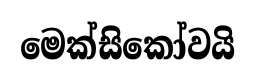
මෙක්සිකෝවයි